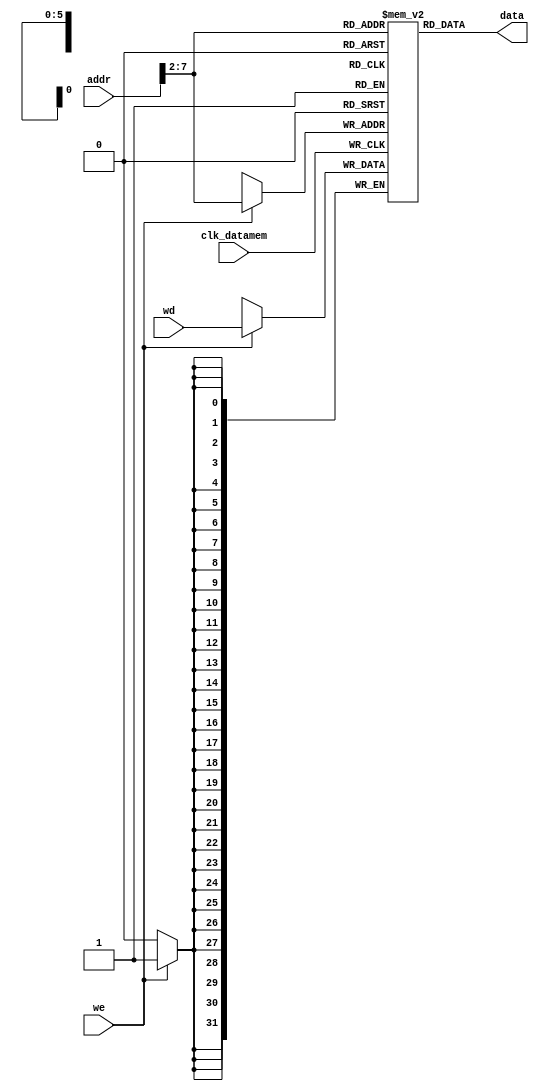
module data_memory ( input clk_datamem,
    input we, input [31:0] addr,
    input [31:0] wd,
    output [31:0] data);

    //   
    reg [31:0] RAM [63:0];

    always @(posedge clk_datamem)
        if(we) RAM[addr[31:2]] <= wd;

    assign data = RAM[addr[31:2]];
	  	
endmodule